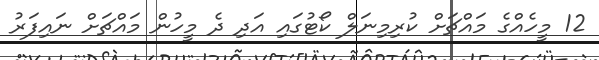
12 މީހެއްގެ މައްޗަށް ކުރިމިނަލް ކޯޓުގައި އަދި ދެ މީހުން މައްޗަށް ނައިފަރު